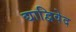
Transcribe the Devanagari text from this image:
द्याद्विवेद